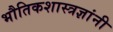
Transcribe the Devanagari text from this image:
भौतिकशास्त्रज्ञांनी